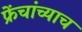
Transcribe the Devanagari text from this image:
फ्रेंचांच्याच